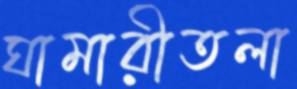
ঘামারীতলা